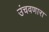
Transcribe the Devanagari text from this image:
उंचवणारा